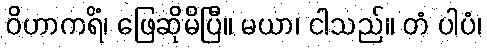
ဝိဟာကရိံ၊ ဖြေဆိုမိပြီ။ မယာ၊ ငါသည်။ တံ ပါပံ၊